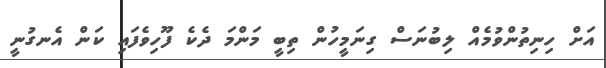
އަށް ހިނިތުންވުމެއް ލިބުނަސް ގިނަމީހުން ތިބީ މަންމަ ދެކެ ފޫހިވެފައި ކަން އެނގުނީ